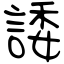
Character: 諉